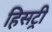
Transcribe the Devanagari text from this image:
हिसट्री